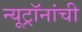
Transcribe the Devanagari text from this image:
न्यूट्रॉनांची